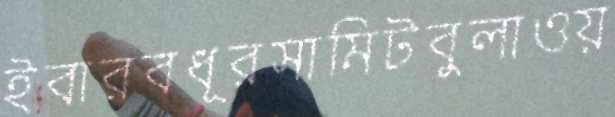
ইবারবধূরসামিটবুলাওয়